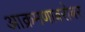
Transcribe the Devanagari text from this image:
आक्रमणाबरोबर